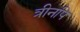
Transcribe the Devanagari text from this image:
त्रीनपि